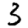
Digit: 3